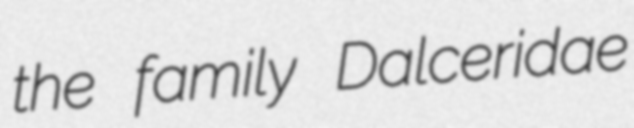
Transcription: the family Dalceridae